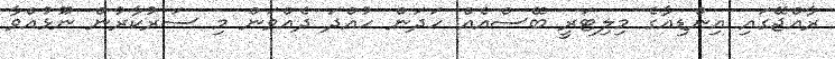
ރާއްޖޭގައި އިންޑިއާގެ މިލިޓަރީ ބޭސްއެއް ހަދަން ހުއްދަ ދެއްވަން މި ސަރުކާރުން ނޫޅުއްވާ